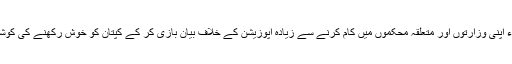
حکومتی وزراء اپنی وزارتوں اور متعلقہ محکموں میں کام کرنے سے زیادہ اپوزیشن کے خلاف بیان بازی کر کے کپتان کو خوش رکھنے کی کوشش کرتے ہیں۔